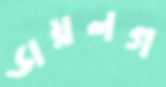
ডায়লগ